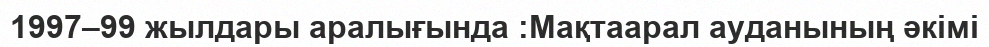
1997–99 жылдары аралығында :Мақтаарал ауданының әкімі